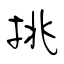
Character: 挑